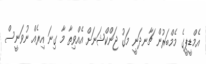
އެމްޑީޕީގެ މެމްބަރުން ޗާނދަނީ މަގު ޖަންކްޝަނަށް އެއްވިތާ މާ ގިނަ އިރެއް ނުވަނީސް